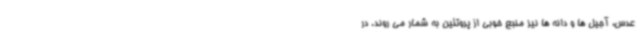
عدس، آجیل ها و دانه ها نیز منبع خوبی از پروتئین به شمار می روند. در